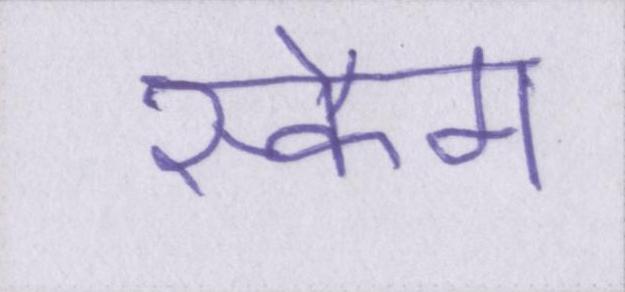
स्कैम